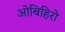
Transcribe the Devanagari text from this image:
ओबिहिरो